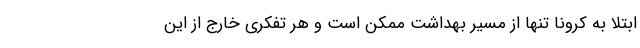
ابتلا به کرونا تنها از مسیر بهداشت ممکن است و هر تفکری خارج از این